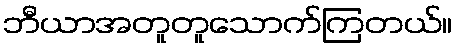
ဘီယာအတူတူသောက်ကြတယ်။